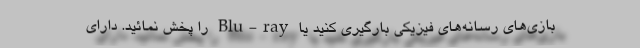
بازی‌های رسانه‌های فیزیکی بارگیری کنید یا Blu-ray را پخش نمائید. دارای